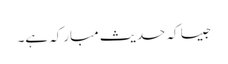
جیسا کہ حدیث مبارکہ ہے۔